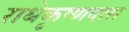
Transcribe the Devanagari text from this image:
राधेकृष्णदास